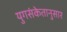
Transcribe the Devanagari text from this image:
युगसंकेतानुसार